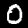
Digit: 0